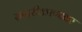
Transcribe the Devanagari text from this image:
सादरीकरणावर